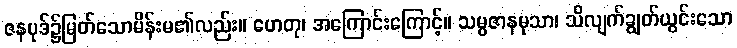
ဇနပုဒ်၌မြတ်သောမိန်းမ၏လည်း။ ဟေတု၊ အကြောင်းကြောင့်။ သမ္ပဇာနမုသာ၊ သိလျက်ချွတ်ယွင်းသော